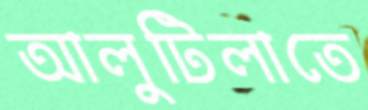
আলুটিলাতে